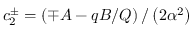
c _ { 2 } ^ { \pm } = \left( \mp A - q B / Q \right) / \left( 2 \alpha ^ { 2 } \right)